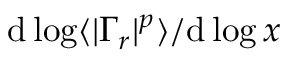
\mathrm { d } \log \langle | \Gamma _ { r } | ^ { p } \rangle / \mathrm { d } \log x